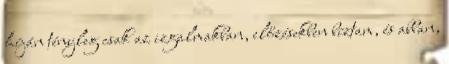
híján tényleg csak az izgalmakban, előzésekben bíztam, és abban,